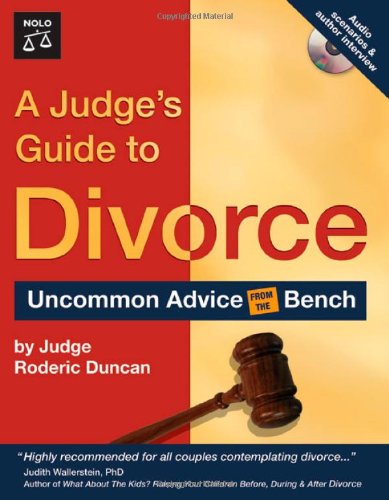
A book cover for A Judge's Guide to Divorce: Uncommon Advice from the Bench; Judge Roderic Duncan; Law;